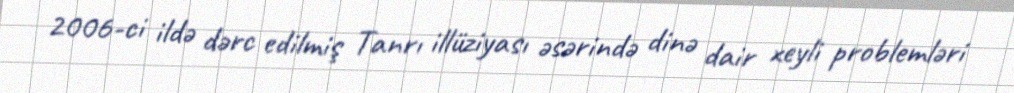
2006-ci ildə dərc edilmiş Tanrı illüziyası əsərində dinə dair xeyli problemləri